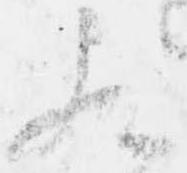
歟